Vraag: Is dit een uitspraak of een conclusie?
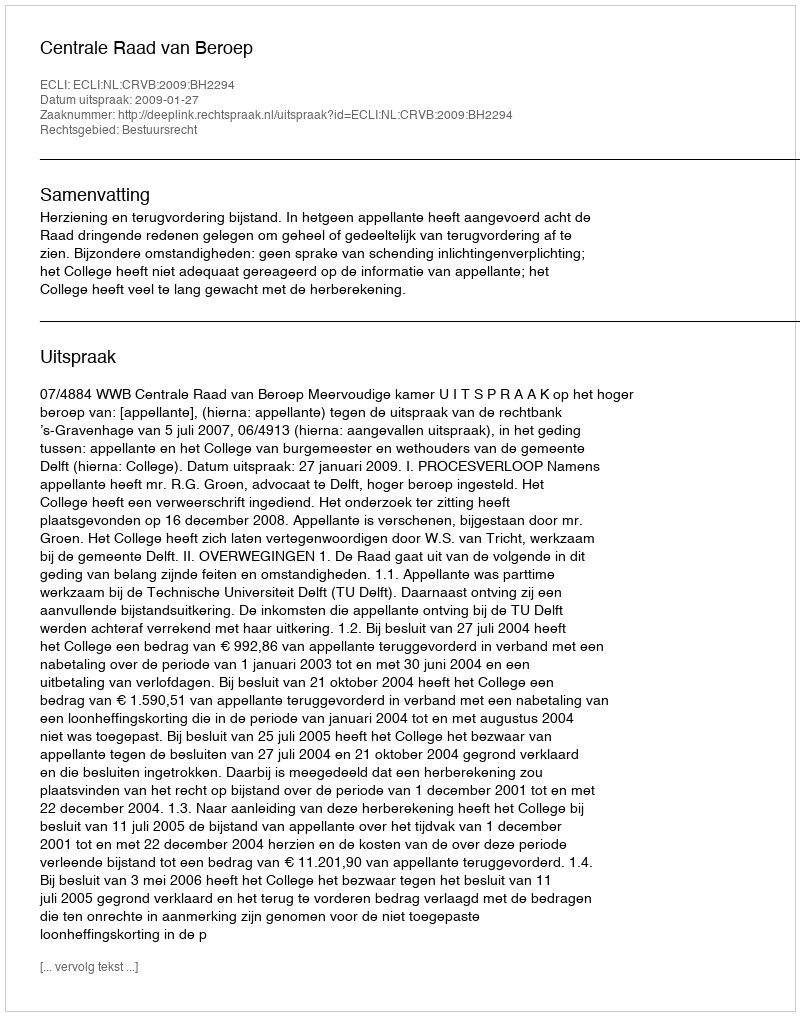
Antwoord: Uitspraak